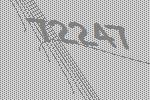
72247